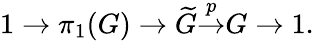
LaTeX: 1\to\pi_{1}(G)\to{\widetilde{G}}{\overset{p}{\to}}G\to 1.